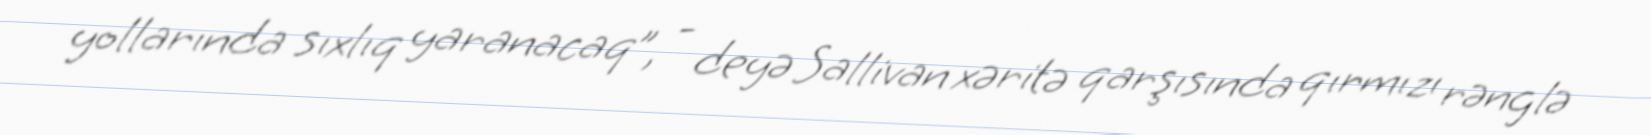
yollarında sıxlıq yaranacaq”, - deyə Sallivan xəritə qarşısında qırmızı rənglə